Note on the mental hospitals in Burma - 1925-1940
Year: 1925
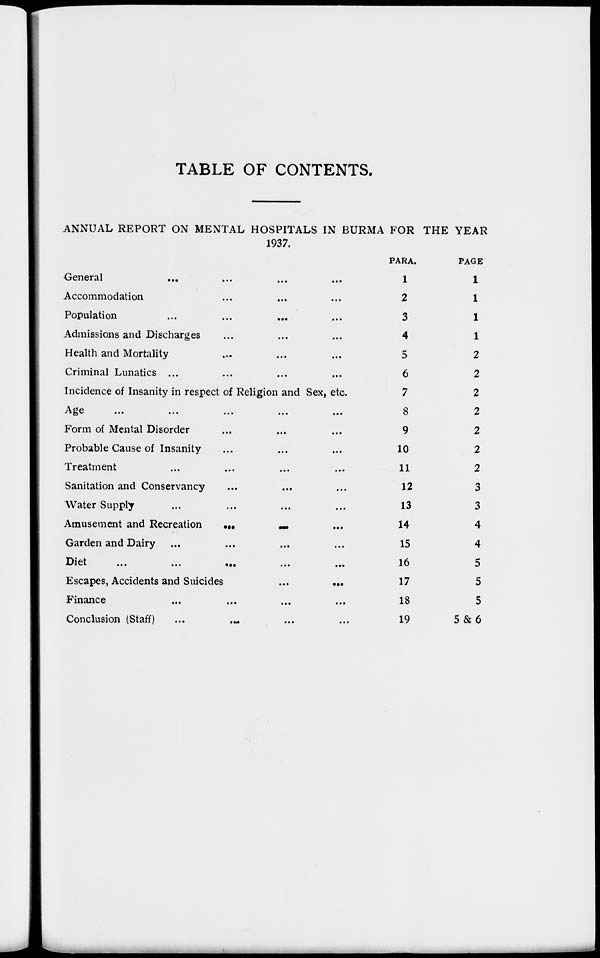
TABLE OF CONTENTS.
ANNUAL REPORT ON MENTAL HOSPITALS IN BURMA FOR THE YEAR
1937.
General ... ... ... ...
Accommodation ... ... ...
Population ... ... ... ...
Admissions and Discharges ... ... ...
Health and Mortality ... ... ...
Criminal Lunatics ... ... ... ...
Incidence of Insanity in respect of Religion and Sex, etc.
Age
...
...
...
...
...
Form of Mental Disorder ... ... ...
Probable Cause of Insanity ... ... ...
Treatment ... ... ... ...
Sanitation and Conservancy ... ... ...
Water Supply ... ... ... ...
Amusement and Recreation
...
...
...
Garden and Dairy ... ... ... ...
Diet
...
...
...
...
...
Escapes, Accidents and Suicides
...
...
Finance
...
...
...
...
Conclusion (Staff)
... ... ... ...
PARA.
1
2
3
4
5
6
7
8
9
10
11
12
13
14
15
16
17
18
19
PAGE
1
1
1
1
2
2
2
2
2
2
2
3
3
4
4
5
5
5
5 & 6